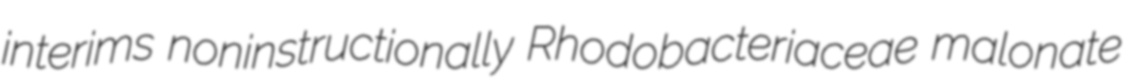
interims noninstructionally Rhodobacteriaceae malonate